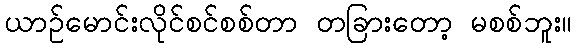
ယာဉ်မောင်းလိုင်စင်စစ်တာ တခြားတော့ မစစ်ဘူး။